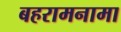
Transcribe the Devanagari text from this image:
बहरामनामा